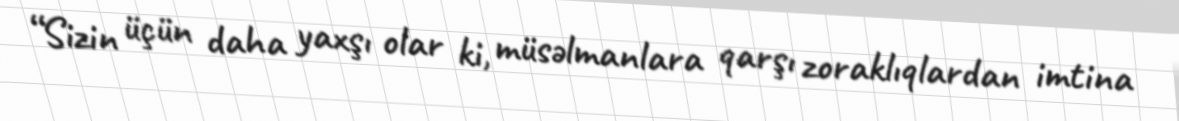
“Sizin üçün daha yaxşı olar ki, müsəlmanlara qarşı zoraklıqlardan imtina